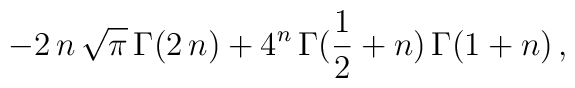
-2\,n\,{\sqrt{\pi }}\,{\Gamma}(2\,n) +  {4^n}\,{\Gamma}({1\over 2} + n)\,{\Gamma}(1 + n)\,,